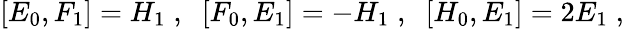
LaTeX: [E_{0},F_{1}]=H_{1}\; ,\; \; [F_{0},E_{1}]=-H_{1}\; ,\; \; [H_{0},E_{1}]=2E_{1}\; ,